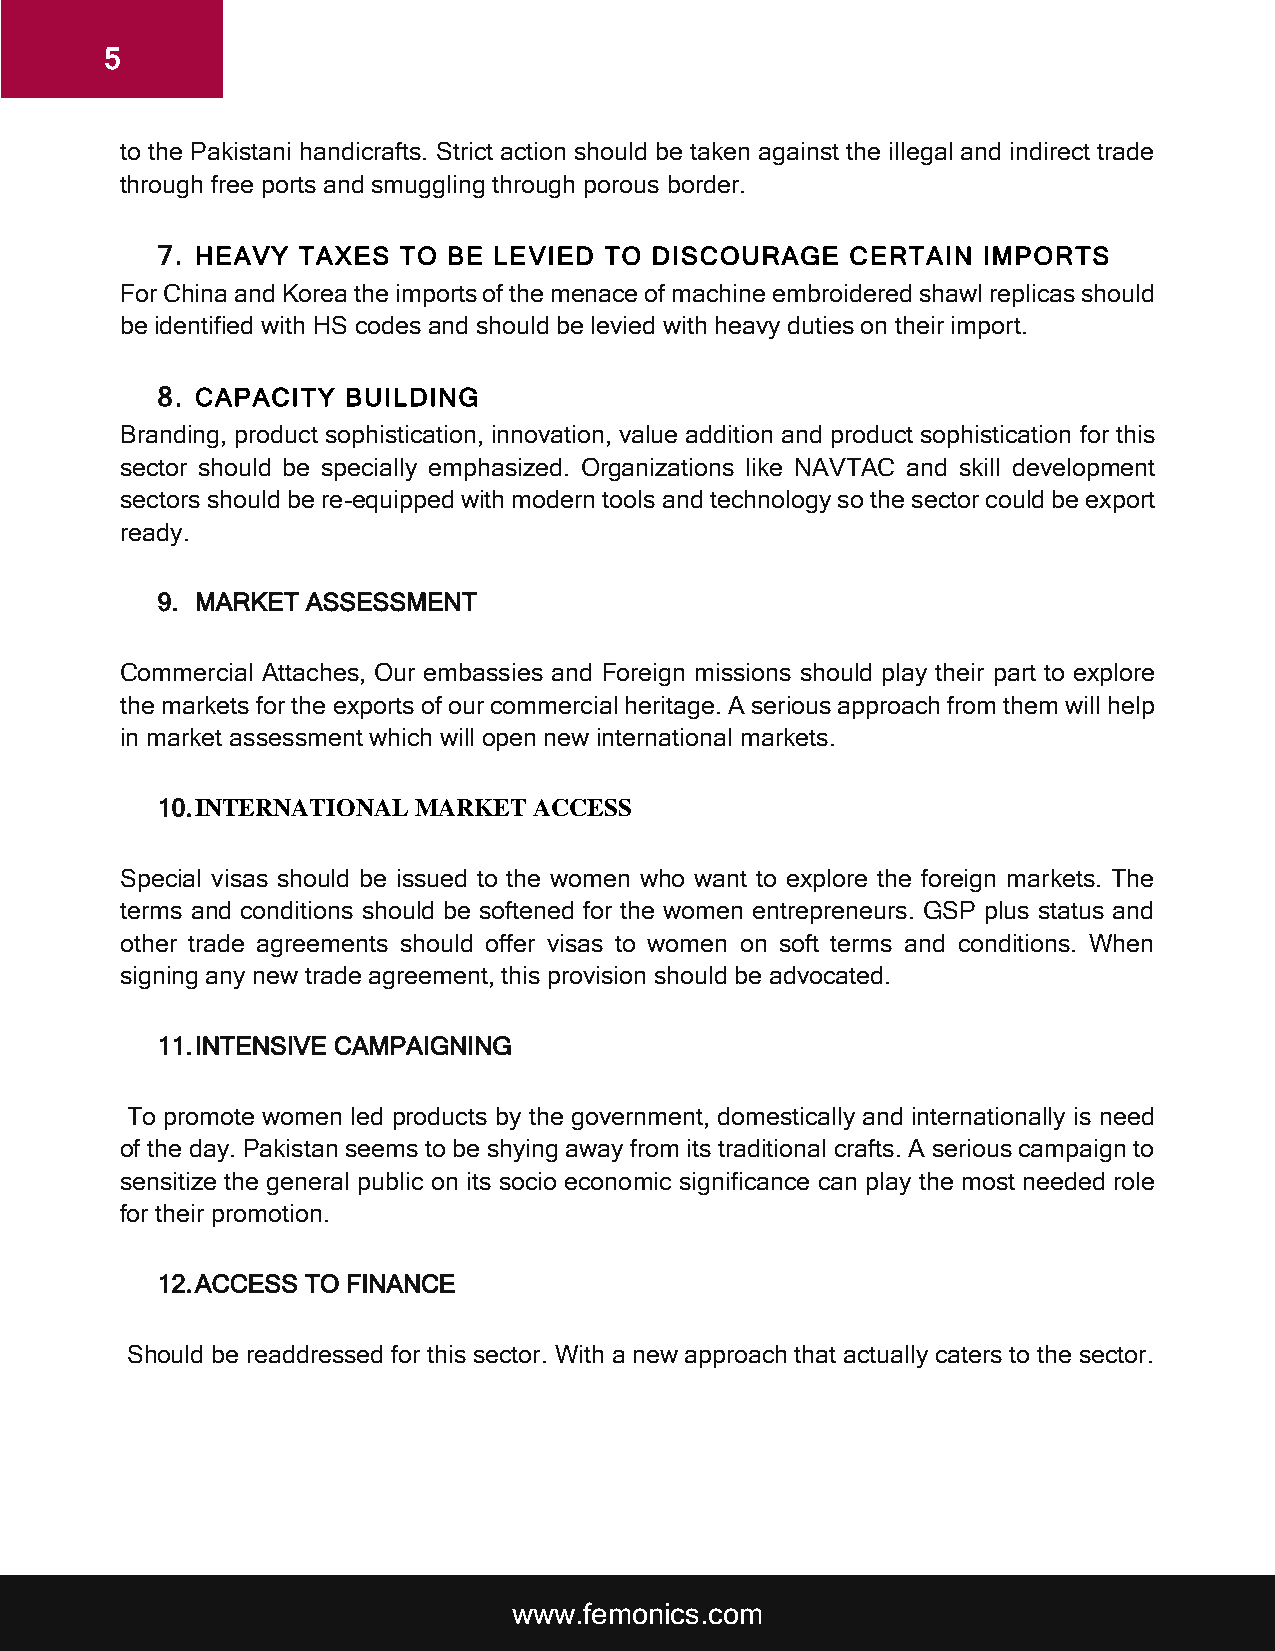
5
 to the Pakistani handicrafts. Strict action should be taken against the illegal and indirect trade
 through free ports and smuggling through porous border.
 7. HEAVY  TAXES TO  BE LEVIED TO DISCOURAGE   CERTAIN  IMPORTS
 For China and Korea the imports of the menace of machine embroidered shawl replicas should
 be identified with HS codes and should be levied with heavy duties on their import.
 8. CAPACITY  BUILDING
 Branding, product sophistication, innovation, value addition and product sophistication for this
 sector should be specially emphasized. Organizations like NAVTAC and skill development
 sectors should be re-equipped with modern tools and technology so the sector could be export
 ready.
 9. MARKET ASSESSMENT
 Commercial Attaches, Our embassies and Foreign missions should play their part to explore
 the markets for the exports of our commercial heritage. A serious approach from them will help
 in market assessment which will open new international markets.
 10. INTERNATIONAL MARKET ACCESS
 Special visas should be issued to the women who want to explore the foreign markets. The
 terms and conditions should be softened for the women entrepreneurs. GSP plus status and
 other trade agreements should offer visas to women on soft terms and conditions. When
 signing any new trade agreement, this provision should be advocated.
 11. INTENSIVE CAMPAIGNING
 To promote women led products by the government, domestically and internationally is need
 of the day. Pakistan seems to be shying away from its traditional crafts. A serious campaign to
 sensitize the general public on its socio economic significance can play the most needed role
 for their promotion.
 12. ACCESS TO FINANCE
 Should be readdressed for this sector. With a new approach that actually caters to the sector.
 www.femonics.com